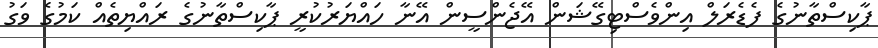
ޕާކިސްތާނުގެ ފެޑެރަލް އިންވެސްޓިގޭޝަން އޭޖެންސީން އޭނާ ހައްޔަރުކުރީ ޕާކިސްތާނުގެ ރައްޔިތެއް ކަމުގެ ވަގު